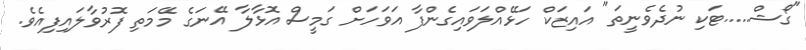
"ގޯޝް.....ޓަކި ނުދެވެނީތަ" އައިޒަކް ހަޅޭއްލަވައިގެންފާ އަވަހަށް ގަމީސް އޮޅާލާ އޭނަގެ މޭމަތި ފޮރުވާލައިފިއެވެ.